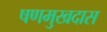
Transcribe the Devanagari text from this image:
षणमुखदास